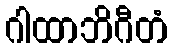
ဂါထာဘိဂီတံ